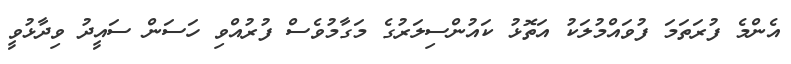
އެންމެ ފުރަތަމަ ފުވައްމުލަކު އަތޮޅު ކައުންސިލަރުގެ މަގާމުވެސް ފުރުއްވި ހަސަން ސައީދު ވިދާޅުވީ